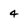
Character: 4